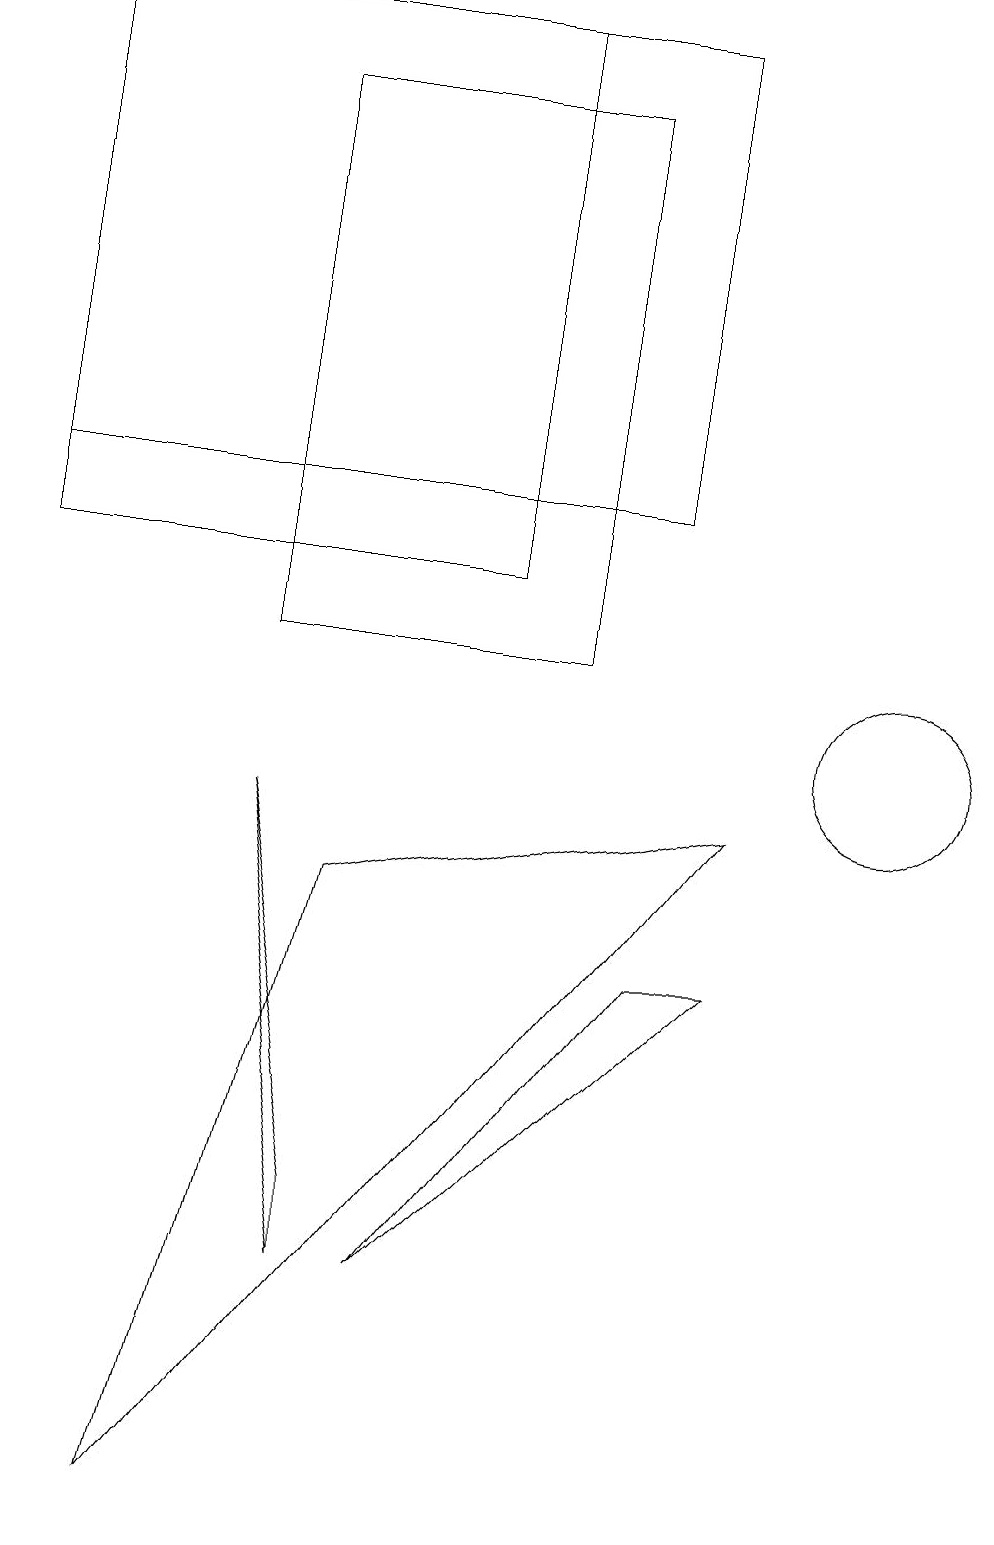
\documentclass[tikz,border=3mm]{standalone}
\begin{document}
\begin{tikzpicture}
\draw (3,11) rectangle (7,18);
\draw (3,9) -- (4,4) -- (4,3) -- cycle;
\draw (6,19) rectangle (0,12);
\draw (9,9) -- (4,8) -- (2,0) -- cycle;
\draw (8,7) -- (9,7) -- (5,3) -- cycle;
\draw (0,19) rectangle (8,13);
\draw (11,10) circle (1);
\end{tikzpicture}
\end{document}